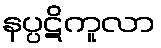
နပ္ပဋိကူလာ